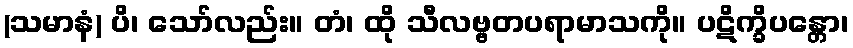
(သမာနံ) ပိ၊ သော်လည်း။ တံ၊ ထို သီလဗ္ဗတပရာမာသကို။ ပဋိက္ခိပန္တော၊